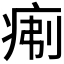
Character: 𪽯